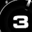
Digit: 3